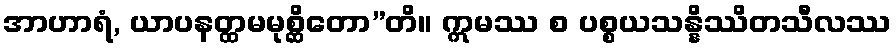
အာဟာရံ, ယာပနတ္ထမမုစ္ဆိတော”တိ။ ဣမဿ စ ပစ္စယသန္နိဿိတသီလဿ